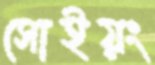
সোইয়ং